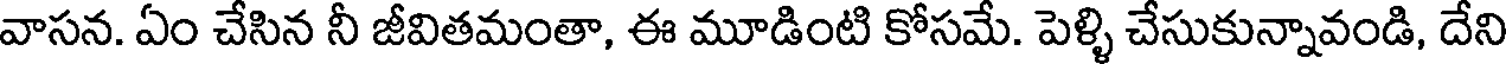
వాసన. ఏం చేసిన నీ జీవితమంతా, ఈ మూడింటి కోసమే. పెళ్ళి చేసుకున్నావండి, దేని